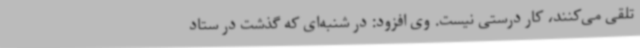
تلقی می‌کنند، کار درستی نیست. وی افزود: در شنبه‌ای که گذشت در ستاد